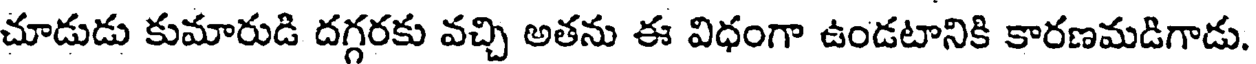
చూడుడు కుమారుడి దగ్గరకు వచ్చి అతను ఈ విధంగా ఉండటానికి కారణమడిగాడు.